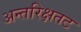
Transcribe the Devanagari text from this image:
अन्तरिक्षतट